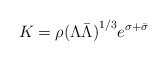
\begin{align*}K= \rho {(\Lambda\bar{\Lambda})}^{1/3} e^{\sigma+\bar{\sigma}}\end{align*}